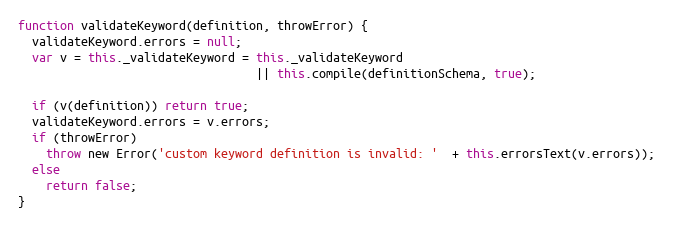
Language: JavaScript
function validateKeyword(definition, throwError) {
  validateKeyword.errors = null;
  var v = this._validateKeyword = this._validateKeyword
                                  || this.compile(definitionSchema, true);

  if (v(definition)) return true;
  validateKeyword.errors = v.errors;
  if (throwError)
    throw new Error('custom keyword definition is invalid: '  + this.errorsText(v.errors));
  else
    return false;
}